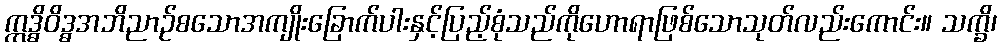
ဣဒ္ဓိဝိဒ္ဓအဘိညာဉ်စသောအကျိုးခြောက်ပါးနှင့်ပြည့်စုံသည်ကိုဟောရာဖြစ်သောသုတ်လည်းကောင်း။ သက္ခိ၊